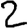
Digit: 2